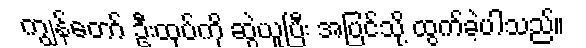
ကျွန်တော် ဦးထုပ်ကို ဆွဲယူပြီး အပြင်သို့ ထွက်ခဲ့ပါသည်။